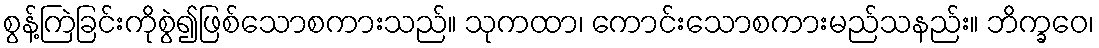
စွန့်ကြဲခြင်းကိုစွဲ၍ဖြစ်သောစကားသည်။ သုကထာ၊ ကောင်းသောစကားမည်သနည်း။ ဘိက္ခဝေ၊